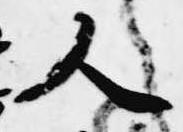
人